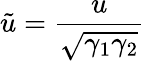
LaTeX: \tilde{u}=\frac{u}{\sqrt{\gamma_{1}\gamma_{2}}}